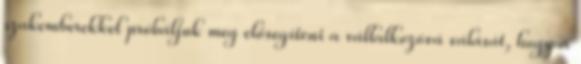
szakemberekkel próbáljuk meg elősegíteni a vállalkozóvá válását, hogy a